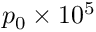
p _ { 0 } \times 1 0 ^ { 5 }